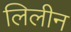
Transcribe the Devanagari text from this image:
लिलीन